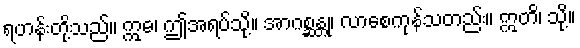
ရဟန်းတို့သည်။ ဣဓ၊ ဤအရပ်သို့။ အာဂစ္ဆန္တု၊ လာစေကုန်သတည်း။ ဣတိ၊ သို့။